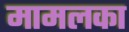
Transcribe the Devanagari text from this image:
मामलका